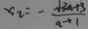
x _ { 2 } = - \frac { \sqrt { 3 a + 3 } } { a + 1 }